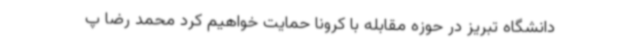
دانشگاه تبریز در حوزه مقابله با کرونا حمایت خواهیم کرد محمد رضا پ